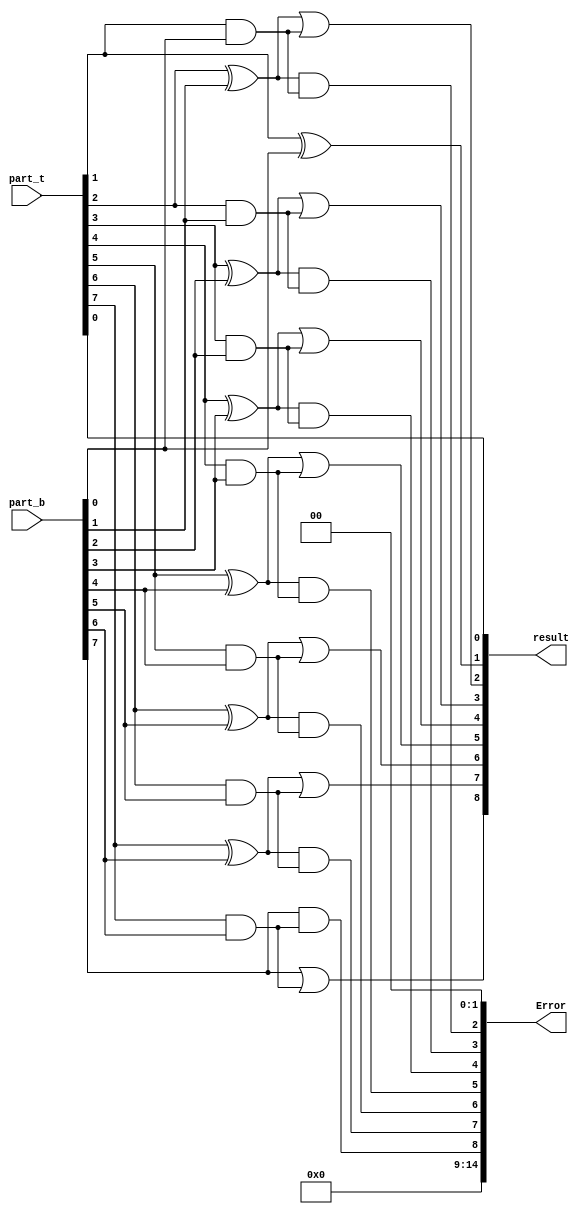
module stage1_compress(
    input  [7:0]  part_t,
    input  [7:0]  part_b,
    output [8:0]  result,
    output [14:0] Error
);

assign result[0] = part_t[0];
assign result[1] = (part_t[1]^part_b[0]);
assign result[2] = (part_t[2]^part_b[1])|(part_t[1]&part_b[0]);
assign result[3] = (part_t[3]^part_b[2])|(part_t[2]&part_b[1]);
assign result[4] = (part_t[4]^part_b[3])|(part_t[3]&part_b[2]);
assign result[5] = (part_t[5]^part_b[4])|(part_t[4]&part_b[3]);
assign result[6] = (part_t[6]^part_b[5])|(part_t[5]&part_b[4]);
assign result[7] = (part_t[7]^part_b[6])|(part_t[6]&part_b[5]);
assign result[8] = part_b[7]|(part_t[7]&part_b[6]);

assign Error[2] = (part_t[2]^part_b[1])&(part_t[1]&part_b[0]);
assign Error[3] = (part_t[3]^part_b[2])&(part_t[2]&part_b[1]);
assign Error[4] = (part_t[4]^part_b[3])&(part_t[3]&part_b[2]);
assign Error[5] = (part_t[5]^part_b[4])&(part_t[4]&part_b[3]);
assign Error[6] = (part_t[6]^part_b[5])&(part_t[5]&part_b[4]);
assign Error[7] = (part_t[7]^part_b[6])&(part_t[6]&part_b[5]);
assign Error[8] = (part_b[7])&(part_t[7]&part_b[6]);

assign Error[0] = 0;
assign Error[1] = 0;
assign Error[9] = 0;
assign Error[10] = 0;
assign Error[11] = 0;
assign Error[12] = 0;
assign Error[13] = 0;
assign Error[14] = 0;

endmodule

module stage2_compress(
    input  [8:0]  part_t,
    input  [8:0]  part_b,
    output [10:0] result,
    output [14:0] Error
);

assign result[0] = part_t[0];
assign result[1] = part_t[1];
assign result[2] = (part_t[2]^part_b[0]);
assign result[3] = (part_t[3]^part_b[1])|(part_t[2]&part_b[0]);
assign result[4] = (part_t[4]^part_b[2])|(part_t[3]&part_b[1]);
assign result[5] = (part_t[5]^part_b[3])|(part_t[4]&part_b[2]);
assign result[6] = (part_t[6]^part_b[4])|(part_t[5]&part_b[3]);
assign result[7] = (part_t[7]^part_b[5])|(part_t[6]&part_b[4]);
assign result[8] = (part_t[8]^part_b[6])|(part_t[7]&part_b[5]);
assign result[9] = part_b[7]|(part_t[8]&part_b[6]);
assign result[10] = part_b[8];

assign Error[3] = (part_t[3]^part_b[1])&(part_t[2]&part_b[0]);
assign Error[4] = (part_t[4]^part_b[2])&(part_t[3]&part_b[1]);
assign Error[5] = (part_t[5]^part_b[3])&(part_t[4]&part_b[2]);
assign Error[6] = (part_t[6]^part_b[4])&(part_t[5]&part_b[3]);
assign Error[7] = (part_t[7]^part_b[5])&(part_t[6]&part_b[4]);
assign Error[8] = (part_t[8]^part_b[6])&(part_t[7]&part_b[5]);
assign Error[9] = part_b[7]&(part_t[8]&part_b[6]);

assign Error[0] = 0;
assign Error[1] = 0;
assign Error[2] = 0;
assign Error[10] = 0;
assign Error[11] = 0;
assign Error[12] = 0;
assign Error[13] = 0;
assign Error[14] = 0;

endmodule

module stage3_compress (
    input  [10:0]  part_t,
    input  [10:0]  part_b,
    output [14:0] result,
    output [14:0] Error
);

assign result[0] = part_t[0];
assign result[1] = part_t[1];
assign result[2] = part_t[2];
assign result[3] = part_t[3];

assign result[4] = (part_t[4]^part_b[0]);
assign result[5] = (part_t[5]^part_b[1])|(part_t[4]&part_b[0]);
assign result[6] = (part_t[6]^part_b[2])|(part_t[5]&part_b[1]);
assign result[7] = (part_t[7]^part_b[3])|(part_t[6]&part_b[2]);
assign result[8] = (part_t[8]^part_b[4])|(part_t[7]&part_b[3]);
assign result[9] = (part_t[9]^part_b[5])|(part_t[8]&part_b[4]);
assign result[10] = (part_t[10]^part_b[6])|(part_t[9]&part_b[5]);

assign result[11] = part_b[7]|(part_t[10]&part_b[6]);
assign result[12] = part_b[8];
assign result[13] = part_b[9];
assign result[14] = part_b[10];

assign Error[5] = (part_t[5]^part_b[1])&(part_t[4]&part_b[0]);
assign Error[6] = (part_t[6]^part_b[2])&(part_t[5]&part_b[1]);
assign Error[7] = (part_t[7]^part_b[3])&(part_t[6]&part_b[2]);
assign Error[8] = (part_t[8]^part_b[4])&(part_t[7]&part_b[3]);
assign Error[9] = (part_t[9]^part_b[5])&(part_t[8]&part_b[4]);
assign Error[10] = (part_t[10]^part_b[6])&(part_t[9]&part_b[5]);
assign Error[11] = part_b[7]&(part_t[10]&part_b[6]);

assign Error[0] = 0;
assign Error[1] = 0;
assign Error[2] = 0;
assign Error[3] = 0;
assign Error[4] = 0;
assign Error[12] = 0;
assign Error[13] = 0;
assign Error[14] = 0;

endmodule

module SiEi7(
    input  [7:0]  x,
    input  [7:0]  y,
    output [15:0] z
);


wire [7:0] part1 =  y & {8{x[0]}};
wire [7:0] part2 = (y & {8{x[1]}});
wire [7:0] part3 = (y & {8{x[2]}});
wire [7:0] part4 = (y & {8{x[3]}});

wire [7:0] part5 = (y & {8{x[4]}});
wire [7:0] part6 = (y & {8{x[5]}});
wire [7:0] part7 = (y & {8{x[6]}});
wire [7:0] part8 = (y & {8{x[7]}});

wire [8:0] stage2_1;
wire [8:0] stage2_2;
wire [8:0] stage2_3;
wire [8:0] stage2_4;
wire [14:0] A1;
wire [14:0] A2;
wire [14:0] A3;
wire [14:0] A4;

stage1_compress s1(part1, part2, stage2_1, A1);
stage1_compress s2(part3, part4, stage2_2, A2);
stage1_compress s3(part5, part6, stage2_3, A3);
stage1_compress s4(part7, part8, stage2_4, A4);

wire [10:0] stage3_1;
wire [10:0] stage3_2;
wire [14:0] A5;
wire [14:0] A6;

stage2_compress s5(stage2_1, stage2_2, stage3_1, A5);
stage2_compress s6(stage2_3, stage2_4, stage3_2, A6);

wire [14:0] stage4;
wire [14:0] A7;
stage3_compress s7(stage3_1, stage3_2, stage4, A7);

wire [14:0] Recovery;
assign Recovery = A1 | ((A2 << 2) | (A3 << 4) | (A4 << 6) | A5 | (A6 << 4) | A7);

wire [14:0] compens = {Recovery[14:8], 8'b0};


assign z = stage4 + compens;

endmodule